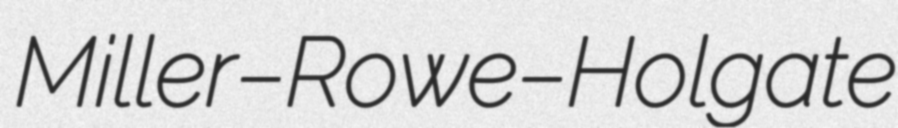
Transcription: Miller–Rowe–Holgate